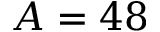
A = 4 8